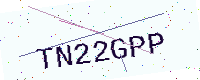
Text: TN22GPP